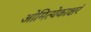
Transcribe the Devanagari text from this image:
ओमित्येकाक्षरं